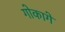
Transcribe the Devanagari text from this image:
गोकागे